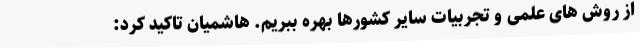
از روش های علمی و تجربیات سایر کشورها بهره ببریم. هاشمیان تاکید کرد: